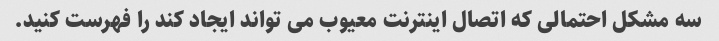
سه مشکل احتمالی که اتصال اینترنت معیوب می تواند ایجاد کند را فهرست کنید.